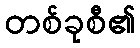
တစ်ခုစီ၏